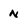
Character: n